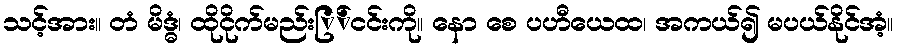
သင့်အား။ တံ မိဒ္ဓံ၊ ထိုငိုက်မည်းြ်ငင်းကို။ နော စေ ပဟီယေထ၊ အကယ်၍ မပယ်နိုင်အံ့။